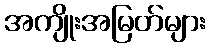
အကျိုးအမြတ်များ